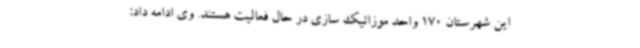
این شهرستان 170 واحد موزائیک سازی در حال فعالیت هستند. وی ادامه داد: